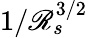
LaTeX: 1/\mathscr{R}_{s}^{3/2}